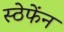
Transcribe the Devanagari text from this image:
स्ठेफेंन